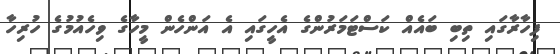
ފިހާރާގައި ތިބި ބައެއް ކަސްޓަމަރުންގެ އެހީގައި އެ އަންހެން މީހާގެ ވިހެއުމުގެ ހުރިހާ